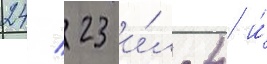
24/ 23 и́л-4 и́